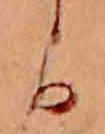
か